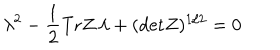
\lambda ^ { 2 } - { \frac { 1 } { 2 } } \mathrm { T r } Z \, \lambda + ( \mathrm { d e t } Z ) ^ { 1 / 2 } = 0